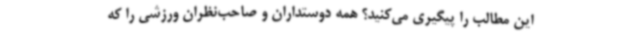
این مطالب را پیگیری می‌کنید؟ همه دوستداران و صاحب‌نظران ورزشی را که